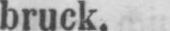
bruck.